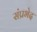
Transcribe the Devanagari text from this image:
संप्रभेद